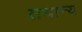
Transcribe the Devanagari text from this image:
तथान्य